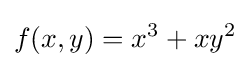
f(x,y)=x^{3}+xy^{2}